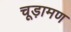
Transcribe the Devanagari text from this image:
चूड़ामण